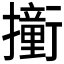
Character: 𫝿